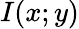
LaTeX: I(x;y)